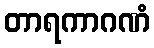
တာရကာဂဏံ